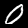
Label: 0